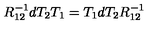
R _ { 1 2 } ^ { - 1 } d T _ { 2 } T _ { 1 } = T _ { 1 } d T _ { 2 } R _ { 1 2 } ^ { - 1 }